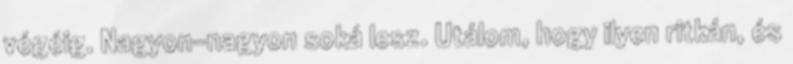
végéig. Nagyon-nagyon soká lesz. Utálom, hogy ilyen ritkán, és